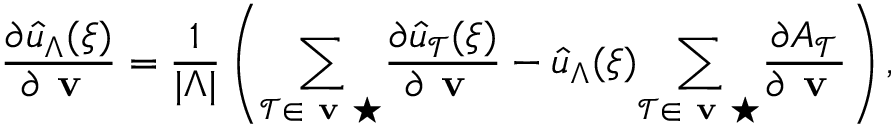
\frac { \partial \hat { u } _ { \Lambda } ( \boldsymbol { \xi } ) } { \partial \textbf { v } } = \frac { 1 } { | \Lambda | } \left( \underset { \mathcal { T } \in \textbf { v } \star } { \sum } \frac { \partial \hat { u } _ { \mathcal { T } } ( \boldsymbol { \xi } ) } { \partial \textbf { v } } - \hat { u } _ { \Lambda } ( \boldsymbol { \xi } ) \underset { \mathcal { T } \in \textbf { v } \star } { \sum } \frac { \partial A _ { \mathcal { T } } } { \partial \textbf { v } } \right) ,